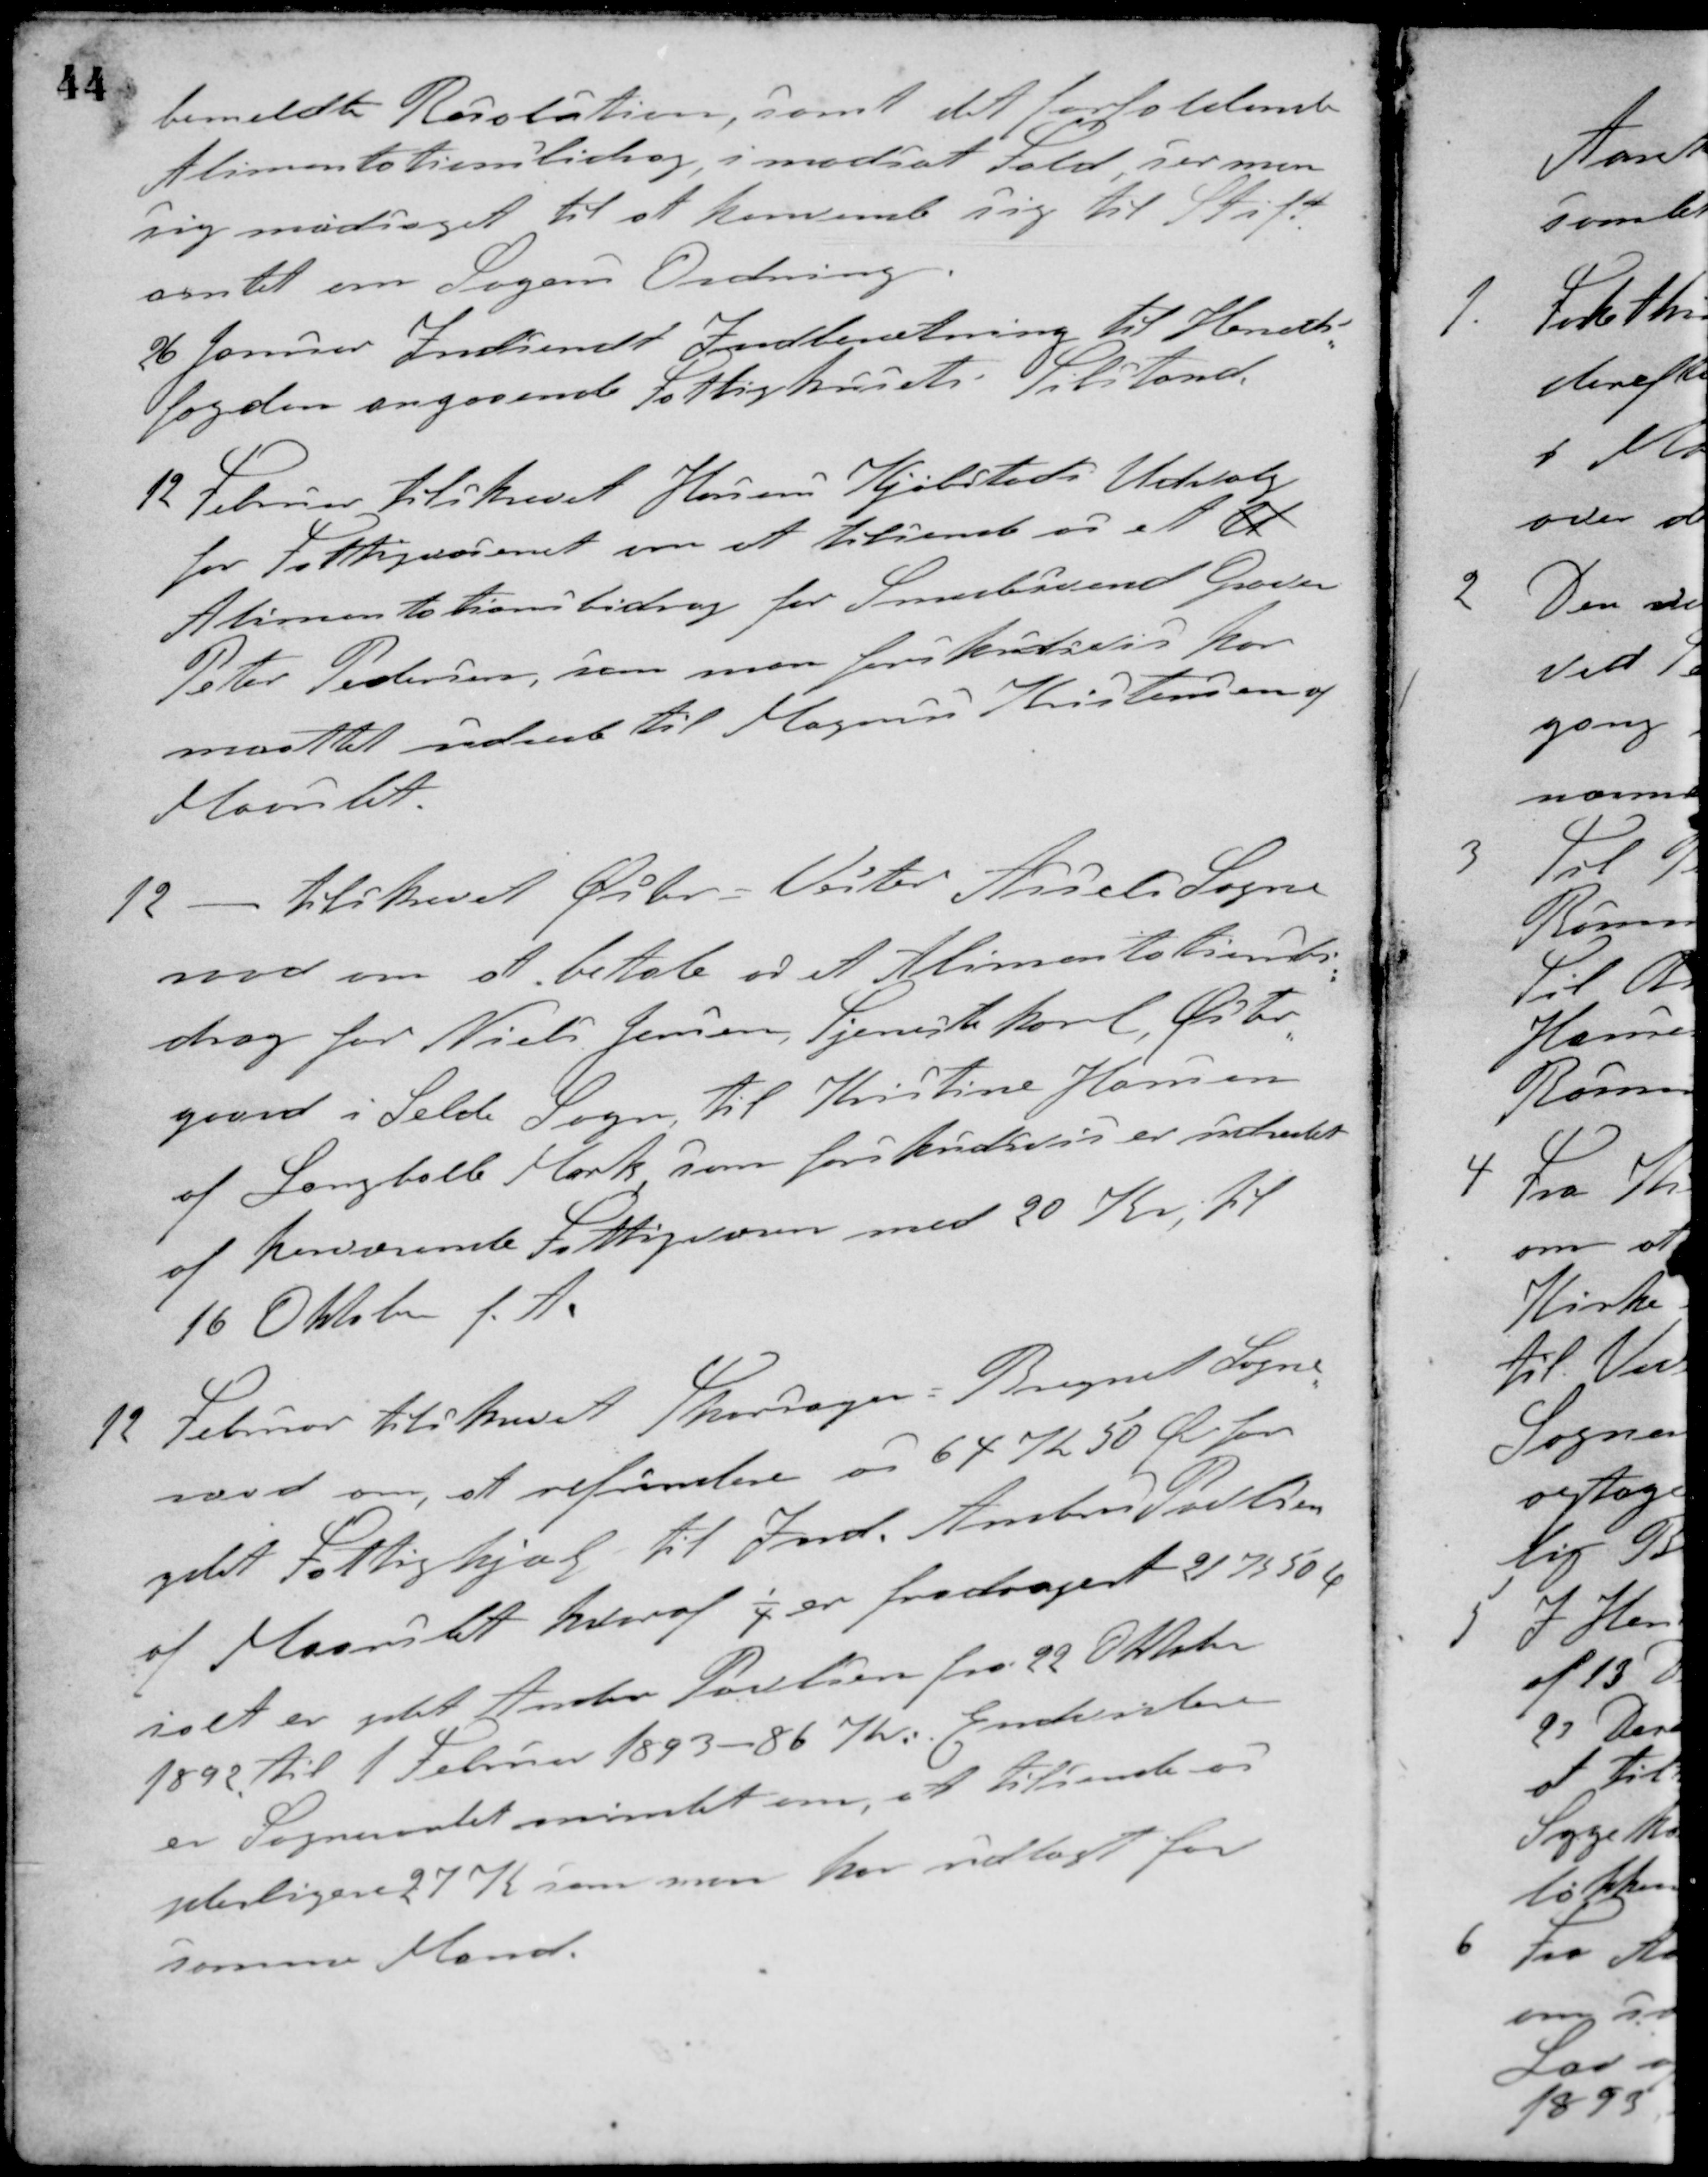
Transskription:
bemeldte Resolution, samt det forfaldende
Alimentationsbidrag, i modsat Fald ser man
sig nødsaget til at henvende sig til Stift-
amtet om Sagens Ordning.
26 Januar Indsendt Indberetning til Herreds-
fogden angaaende Fattighusets Tilstand.
12 Februar tilskrevet Horsens Kjøbstads Udvalg
for Fattigvæsenet om at tilsende os et U
Alimentationsbidrag for Smedesvend Groder
Peter Pedersen, som man forskudsvis har
maattet indsende til Magnus Kristensen af
Maarslet.
12 - tilskrevet Øslev-Vester Assels Sogne-
raad om at betale os et Alimentationsbi-
drag for Niels Jensen, Tjenestekarl, Øster-
gaard i Selde Sogn til Kristine Hansen
af Langballe Mark som forskudsvis er indskrevet
af henværende Fattigvæsen med 20 Kr, til
16 Oktober f. A.
12 Februar tilskrevet Thorsager-Bregnet Sogne-
raad om, at refundere os 64 K 50 Ø for
ydet Fattighjælp til Ind. Anders Poulsen
af Maarslet, hvoraf ¼ er fradraget 21 K 50 Ø
ialt er ydet Anders Poulsen fra 22 Oktober
1892 til 1 Februar 1893 - 86 Kr. Endvidere
er Sogneraadet mindet om, at tilsende os
yderligere 27 K som man har udlagt for
samme Mand.